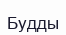
Будды